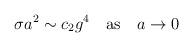
LaTeX: \begin{align*}\sigma a^2 \sim c_2 g^4 \quad {\rm as} \quad a \to 0\end{align*}